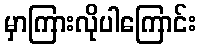
မှာကြားလိုပါကြောင်း